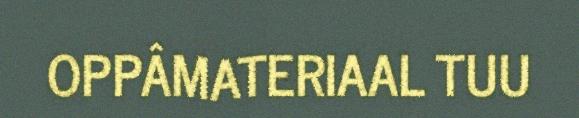
OPPÂMATERIAAL TUU